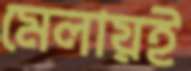
মেলায়ই